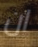
ان